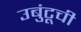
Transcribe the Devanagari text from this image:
उबुंटूची